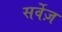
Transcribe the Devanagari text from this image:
सर्वेज़